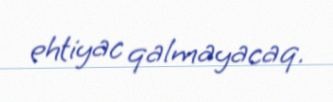
ehtiyac qalmayacaq.